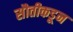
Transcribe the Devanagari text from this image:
सौतीकडून